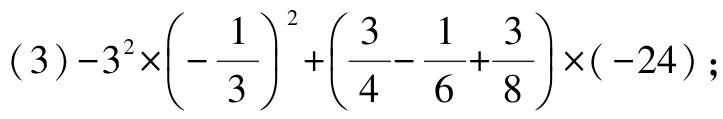
\((3)-3^{2}\times\left(-\dfrac{1}{3}\right)^{2}+\left(\dfrac{3}{4}-\dfrac{1}{6}+\dfrac{3}{8}\right)\times(-24);\)